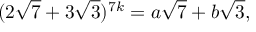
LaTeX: ( 2 { \sqrt { 7 } } + 3 { \sqrt { 3 } } ) ^ { 7 k } = a { \sqrt { 7 } } + b { \sqrt { 3 } } ,